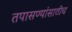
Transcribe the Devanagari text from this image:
तपासण्यांसाठीच